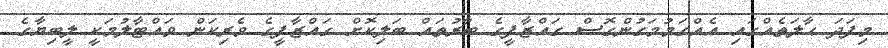
މިފަދަ ޙާލަތެއްގައި އެއްގަމުމަގުންގޮސް ގައްޒާފީގެ ބާރުތައް ބަލިކޮށް ގައްޒާފީގެ ވެރިކަން ވައްޓާލުމަކީ ލީބިޔާގެ